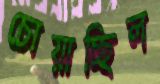
চোয়াচ্ছিল